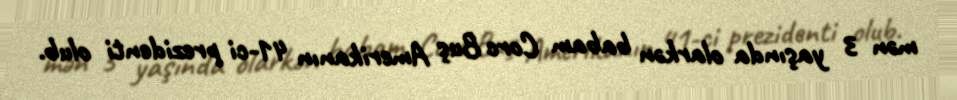
mən 3 yaşında olarkən babam Corc Buş Amerikanın 41-ci prezidenti olub.